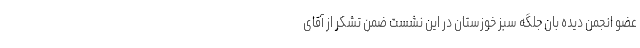
عضو انجمن دیده بان جلگه سبز خوزستان در این نشست ضمن تشکر از آقای